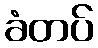
ခံတပ်